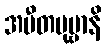
အပီတပုဗ္ဗာနိ